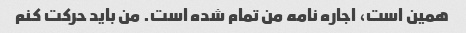
همین است، اجاره نامه من تمام شده است. من باید حرکت کنم